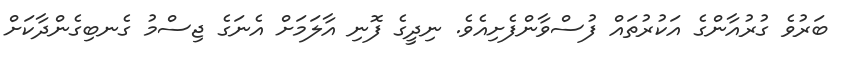
ބަރުވެ ގުރުއާންގެ އަކުރުތައް ފުސްވާންފެށިއެވެ. ނިދީގެ ފޮނި އާލަމަށް އެނަގެ ޖިސްމު ގެނބިގެންދާކަށް